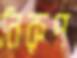
নিরুপ